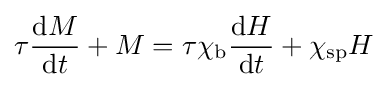
\tau {\frac {\mathrm {d} M}{\mathrm {d} t}}+M=\tau \chi _{\text{b}}{\frac {\mathrm {d} H}{\mathrm {d} t}}+\chi _{\text{sp}}H